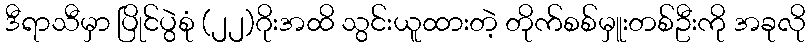
ဒီရာသီမှာ ပြိုင်ပွဲစုံ (၂၂)ဂိုးအထိ သွင်းယူထားတဲ့ တိုက်စစ်မှူးတစ်ဦးကို အခုလို